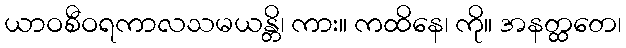
ယာဝစီဝရကာလသမယန္တိ၊ ကား။ ကထိနေ၊ ကို။ အနတ္ထတေ၊